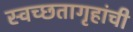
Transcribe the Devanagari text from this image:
स्वच्छतागृहांची